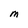
Character: M